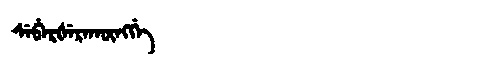
Manchu: ᠰᡝᠪᡝᡵᡧᡝᡵᠠᡴᡡᠩᡤᡝ
Romanization: SEBERŠERAKŪNGGE